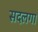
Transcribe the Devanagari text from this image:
सदलगा